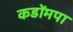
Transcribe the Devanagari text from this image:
कडोंमपा